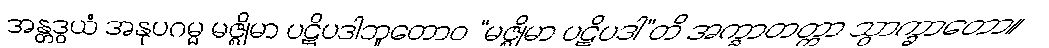
အန္တဒွယံ အနုပဂမ္မ မဇ္ဈိမာ ပဋိပဒါဘူတောဝ “မဇ္ဈိမာ ပဋိပဒါ”တိ အက္ခာတတ္တာ သွာက္ခာတော။